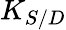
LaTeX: K_{S/D}